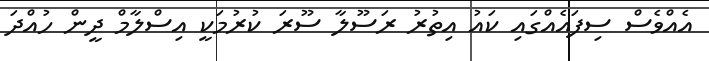
އެއްވެސް ސިފައެއްގައި ކައު އިތުރު ރަސޫލާ ސޫރަ ކުރުމަކީ އިސްލާމް ދީން ހުއްދަ